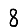
Digit: 8